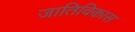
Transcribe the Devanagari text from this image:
जातिविकास